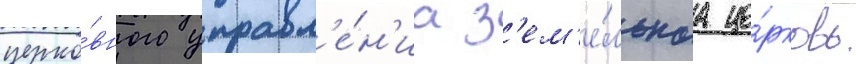
церко́вного управл'е́н'иа з'ем'е́льнаа це́рковь